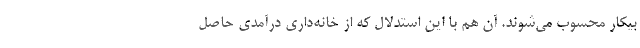
بیکار محسوب می‌شوند. آن هم با این استدلال که از خانه‌داری درآمدی حاصل